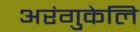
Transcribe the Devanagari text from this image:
अरंगुकेलि